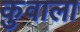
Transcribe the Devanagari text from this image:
कुवाला